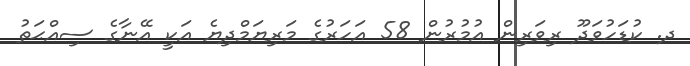
ދ. ކުޑަހުވަދޫ ރިވަރިން އުމުރުން 58 އަހަރުގެ މަރިޔަމްދިޔެ އަކީ އޭނާގެ ސިއްޙަތު